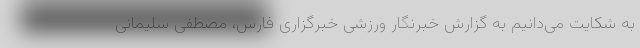
به شکایت‌ می‌دانیم به گزارش خبرنگار ورزشی خبرگزاری فارس، مصطفی سلیمانی